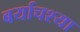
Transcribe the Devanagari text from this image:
बर्याचश्या